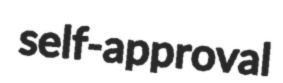
self-approval